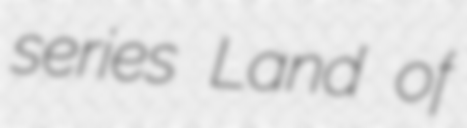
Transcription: series Land of